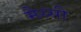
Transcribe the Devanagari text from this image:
मैस्सी